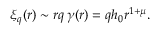
\xi _ { q } ( r ) \sim r q \, \gamma ( r ) = q h _ { 0 } r ^ { 1 + \mu } .